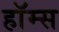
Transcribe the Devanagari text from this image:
हाॅम्स